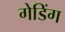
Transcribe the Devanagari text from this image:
गेडिंग